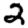
Digit: 2